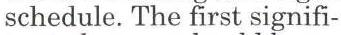
schedule. The first signifi-